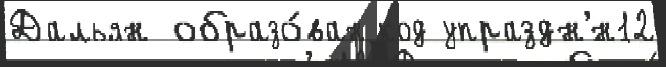
Дальян образо́ван код упраздн'́н12